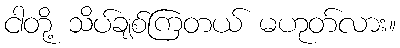
ငါတို့ သိပ်ချစ်ကြတယ် မဟုတ်လား။